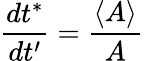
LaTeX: \frac{dt^{*}}{dt^{\prime}}=\frac{\langle A\rangle}{A}